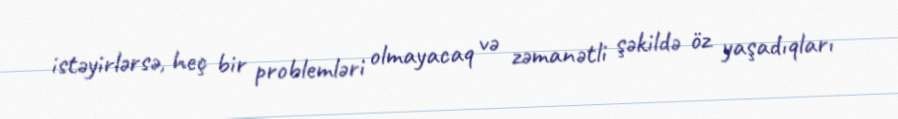
istəyirlərsə, heç bir problemləri olmayacaq və zəmanətli şəkildə öz yaşadıqları